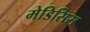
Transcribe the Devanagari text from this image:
मेडिसिस